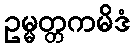
ဥမ္မတ္တကမိဒံ